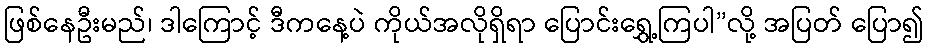
ဖြစ်နေဦးမည်၊ ဒါကြောင့် ဒီကနေ့ပဲ ကိုယ်အလိုရှိရာ ပြောင်းရွှေ့ကြပါ”လို့ အပြတ် ပြော၍